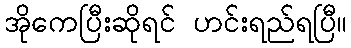
အိုကေပြီးဆိုရင် ဟင်းရည်ရပြီ။